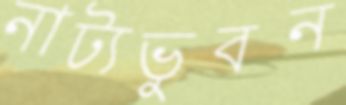
নাট্যভুবন